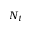
N _ { t }